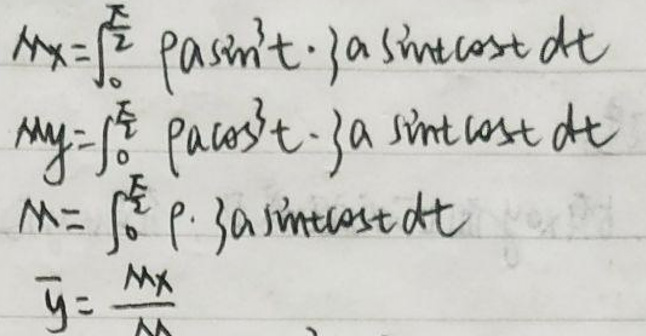
\begin{align*}
M_x &= \int_{0}^{\frac{\pi}{2}} \rho a\sin t \cdot a\sin t\cos t \,dt\\
M_y &= \int_{0}^{\frac{\pi}{2}} \rho a\cos t \cdot a\sin t\cos t \,dt\\
M &= \int_{0}^{\frac{\pi}{2}} \rho \cdot a\sin t\cos t \,dt\\
\bar{y} &= \frac{M_x}{M}
\end{align*}